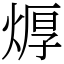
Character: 㷞